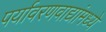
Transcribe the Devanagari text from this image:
पर्यावरणवाद्यांमध्ये